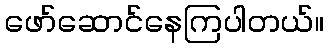
ဖော်ဆောင်နေကြပါတယ်။